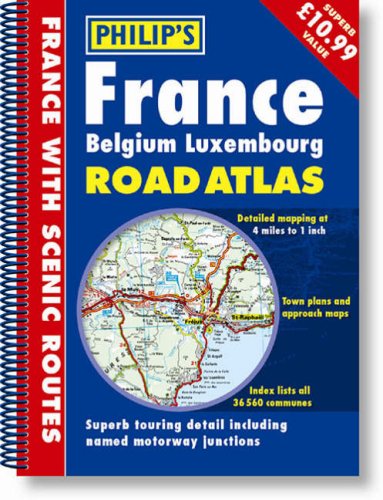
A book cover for Road Atlas: France, Belgium, Luxembourg; Philip's Maps and Atlases; Travel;